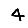
Digit: 4